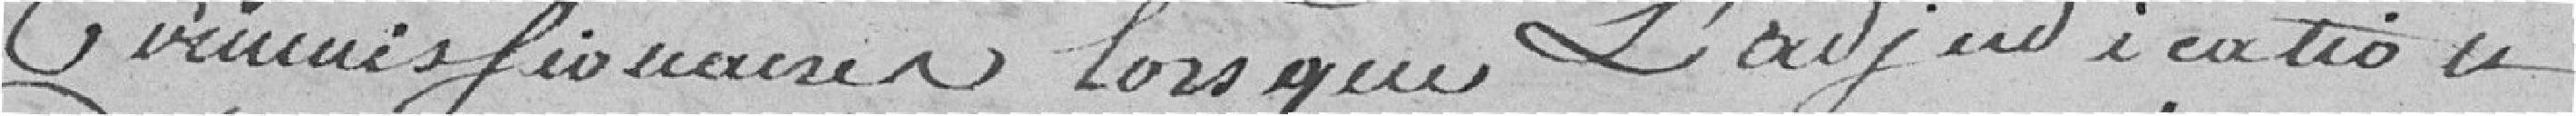
commissionnaire lorsque l'adjudication